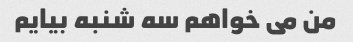
من می خواهم سه شنبه بیایم